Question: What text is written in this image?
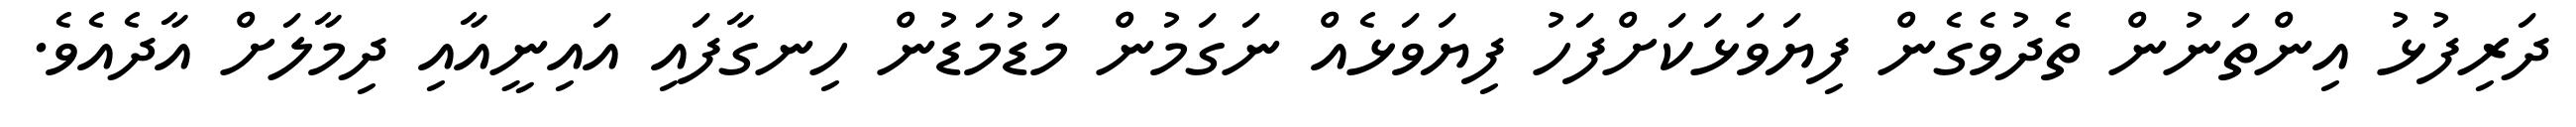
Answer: ދަރިފުޅު އިންތަނުން ތެދުވެގެން ފިޔަވަޅަކަށްފަހު ފިޔަވަޅެއް ނަގަމުން މަޑުމަޑުން ހިނގާފައި އައިނީއާއި ދިމާލަށް އާދެއެވެ.